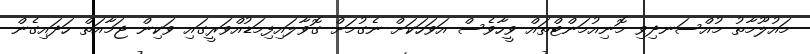
މައުލޫމާތު މުއްސަނދިވި މޮނިއުމަންޓްތައް ވީހާވެސް އަވަހަކަށް ނެގުމަށް ގޮވާލައިފިމަޑުއްވަރީގައި ވަކިން ޖަމާއަތް ހަދައިގެން